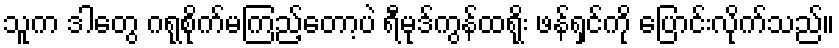
သူက ဒါတွေ ဂရုစိုက်မကြည့်တော့ပဲ ရီမုဒ်ကွန်ထရိုး ဖန်ရှင်ကို ပြောင်းလိုက်သည်။